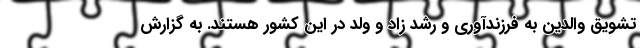
تشویق والدین به فرزندآوری و رشد زاد و ولد در این کشور هستند. به گزارش